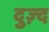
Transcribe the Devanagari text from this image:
दुज़्द